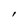
Character: I